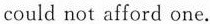
could not afford one.